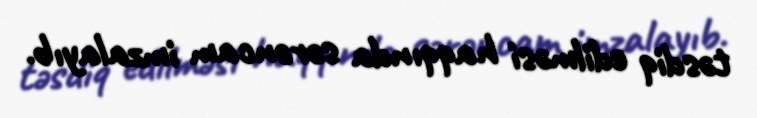
təsdiq edilməsi haqqında sərəncam imzalayıb.